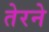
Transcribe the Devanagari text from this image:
तेरने